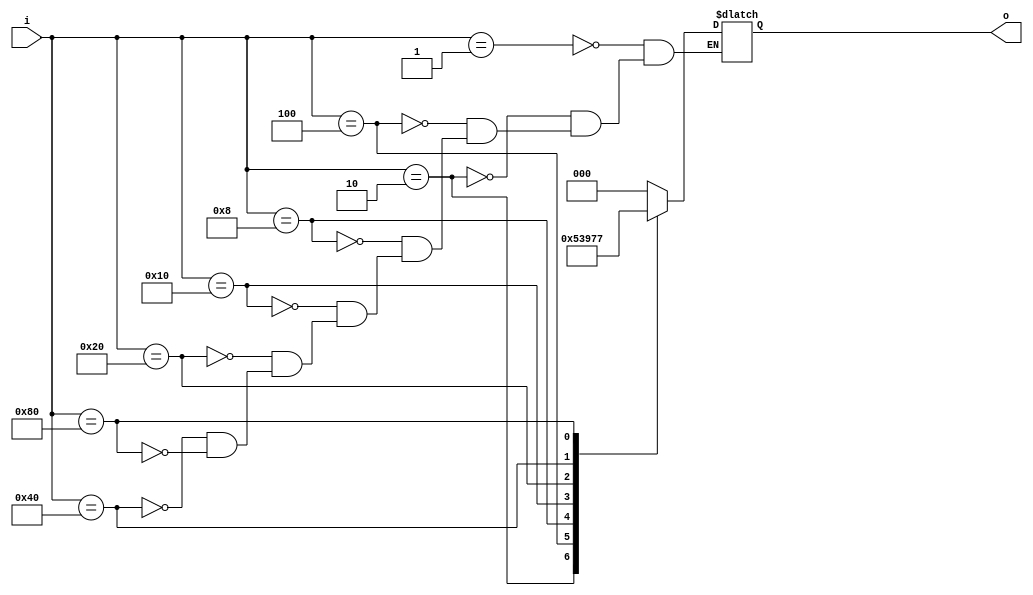
`timescale 1ns / 1ps
//////////////////////////////////////////////////////////////////////////////////
// Company: 
// Engineer: 
// 
// Design Name: 
// Module Name: encoder_8_3
// Project Name: 
// Target Devices: 
// Tool Versions: 
// Description: 
// 
// Dependencies: 
// 
// Revision:
// Revision 0.01 - File Created
// Additional Comments:
// 
//////////////////////////////////////////////////////////////////////////////////


module encoder_8_3(o,i);
output reg [2:0]o;
input [7:0]i;
always @ (*)
case(i)
8'h01: o=3'b000;
8'h02: o=3'b001;
8'h04: o=3'b010;
8'h08: o=3'b011;
8'h10: o=3'b100;
8'h20: o=3'b101;
8'h40: o=3'b110;
8'h80: o=3'b111;
endcase
endmodule